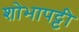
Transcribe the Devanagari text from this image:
शोभापट्टी